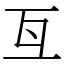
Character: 𠀕